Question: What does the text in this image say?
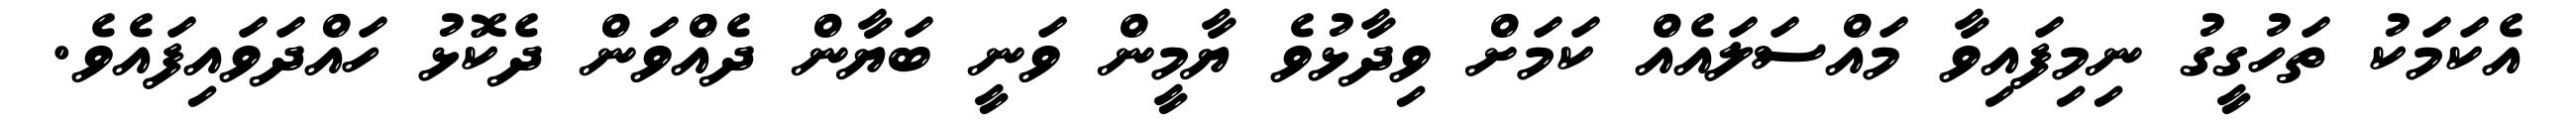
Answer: އެކަމަކު ތަހުގީގު ނިމިފައިވާ މައްސަލައެއް ކަމަށް ވިދާޅުވެ ޔާމީން ވަނީ ބަޔާން ދެއްވަން ދެކޮޅު ހައްދަވައިފައެވެ.